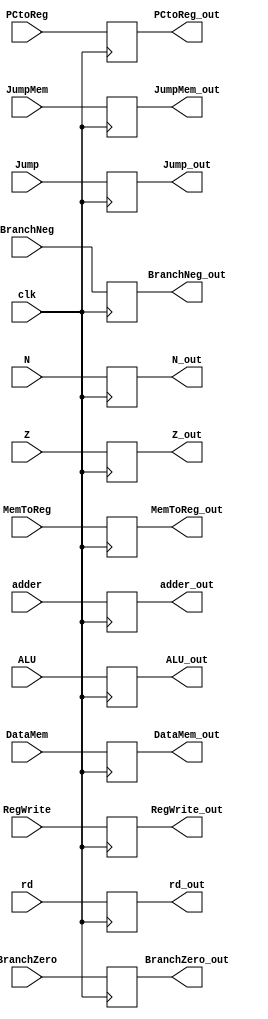
module EX_WB(clk, N,Z, JumpMem, Jump, BranchZero,BranchNeg, PCtoReg, MemToReg, RegWrite, ALU, DataMem, rd, adder, N_out, Z_out, JumpMem_out, Jump_out, BranchZero_out, BranchNeg_out, PCtoReg_out, MemToReg_out, RegWrite_out, ALU_out, DataMem_out, rd_out, adder_out);
input clk;
input N;
input Z; 
input JumpMem; 
input Jump; 
input BranchZero;
input BranchNeg; 
input PCtoReg; 
input MemToReg; 
input RegWrite; 
input [31:0]ALU; 
input [31:0] DataMem; 
input [5:0]rd; 
input [31:0]adder;



//output 

output reg  N_out;
output reg Z_out; 
output reg JumpMem_out; 
output reg Jump_out; 
output reg BranchZero_out;
output reg BranchNeg_out; 
output reg PCtoReg_out; 
output reg MemToReg_out; 
output reg RegWrite_out; 
output reg [31:0]ALU_out; 
output reg [31:0] DataMem_out; 
output reg [5:0] rd_out; 
output reg [31:0] adder_out;



always@(posedge clk)
begin
    N_out = N;
    Z_out = Z; 
    JumpMem_out = JumpMem; 
    Jump_out = Jump; 
    BranchZero_out = BranchZero;
    BranchNeg_out = BranchNeg; 
    PCtoReg_out = PCtoReg;
    MemToReg_out = MemToReg;
    RegWrite_out = RegWrite;
    ALU_out = ALU; 
    DataMem_out = DataMem; 
    rd_out = rd; 
    adder_out = adder;
end


endmodule